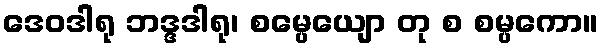
ဒေဝဒါရု ဘဒ္ဒဒါရု၊ စမ္ပေယျော တု စ စမ္ပကော။